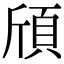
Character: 頎